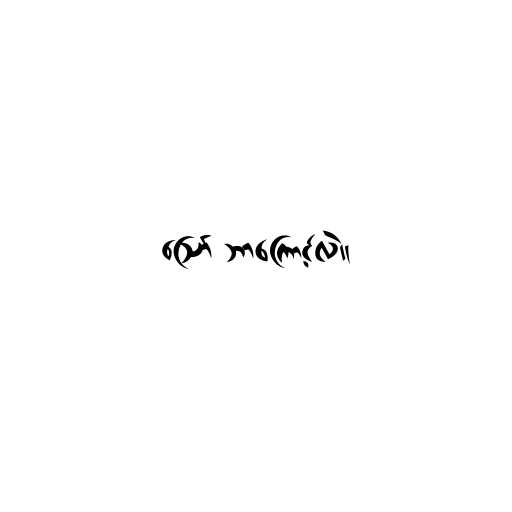
ဪ ဘာကြောင့်လဲ။